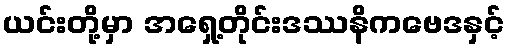
ယင်းတို့မှာ အရှေ့တိုင်းဒဿနိကဗေဒနှင့်